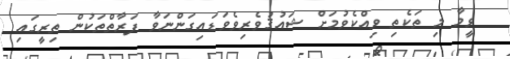
ވީމާ މި ތަކެތި ވިއްކެވުމަށް ޝައުޤުވެރިވެވަޑައިގަންނަވާ ފަރާތްތަކުން ތިރީގައި